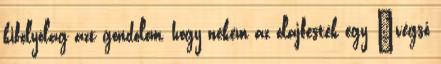
kifolyólag azt gondolom, hogy nekem az olajfesték egy ”végső